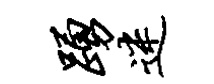
踊迷